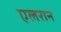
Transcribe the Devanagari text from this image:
एलरान